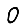
Digit: 0